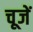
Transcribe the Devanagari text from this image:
चूजें